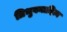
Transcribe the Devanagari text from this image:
त्रिभुवनादित्य